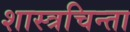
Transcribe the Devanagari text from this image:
शास्त्रचिन्ता